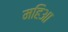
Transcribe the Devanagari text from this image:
महिआ